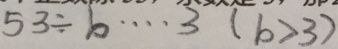
5 3 \div b \cdots 3 ( b > 3 )